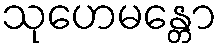
သုဟေမန္တော